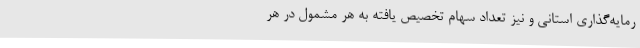
رمایه‌گذاری استانی و نیز تعداد سهام تخصیص یافته به هر مشمول در هر